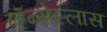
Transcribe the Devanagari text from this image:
व्हॅन्सेस्लास